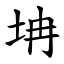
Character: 㘱